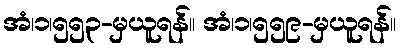
အံ၊၁၊၅၅၃-မှယူရန်။ အံ၊၁၊၅၅၉-မှယူရန်။